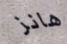
هانز